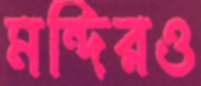
মন্দিরও